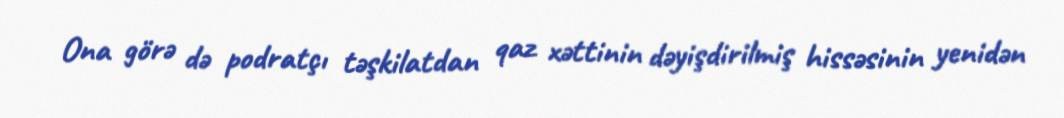
Ona görə də podratçı təşkilatdan qaz xəttinin dəyişdirilmiş hissəsinin yenidən